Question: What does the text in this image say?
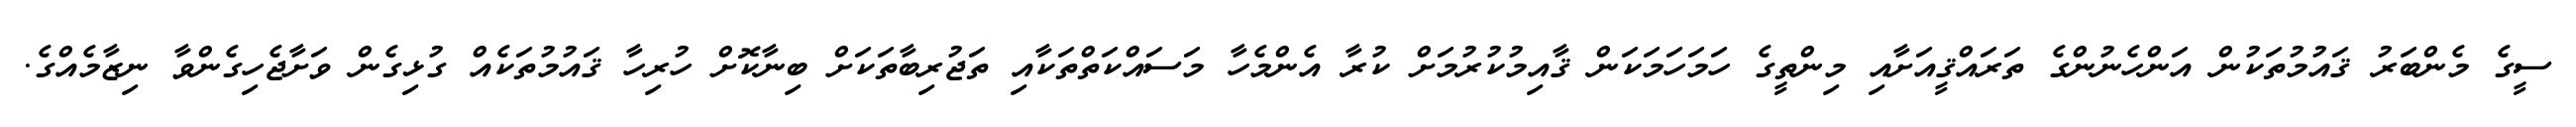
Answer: ސީގެ މެންބަރު ޤައުމުތަކުން އަންހެނުންގެ ތަރައްޤީއަށާއި މިންތީގެ ހަމަހަމަކަން ޤާއިމުކުރުމަށް ކުރާ އެންމެހާ މަސައްކަތްތަކާއި ތަޖުރިބާތަކަށް ބިނާކޮށް ހުރިހާ ޤައުމުތަކެއް ގުޅިގެން ވަށާޖެހިގެންވާ ނިޒާމެއްގެ.